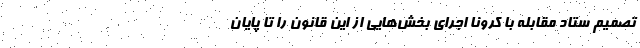
تصمیم ستاد مقابله با کرونا اجرای بخش‌هایی از این قانون را تا پایان